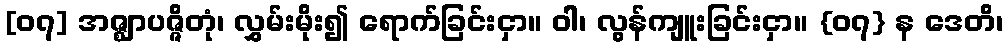
[၀၇] အဇ္ဈာပဇ္ဇိတုံ၊ လွှမ်းမိုး၍ ရောက်ခြင်းငှာ။ ဝါ၊ လွန်ကျူးခြင်းငှာ။ {၀၇} န ဒေတိ၊